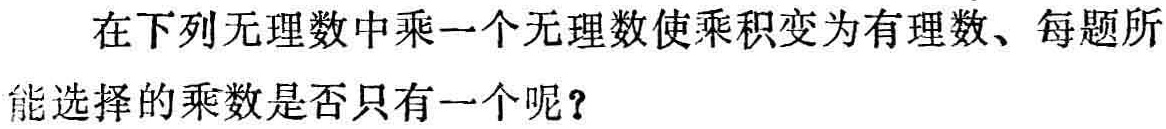
在下列无理数中乘一个无理数使乘积变为有理数、每题所能选择的乘数是否只有一个呢？